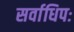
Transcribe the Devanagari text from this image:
सर्वाधिपः